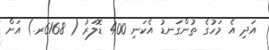
އަދި އެ މަހުގެ ތުންގަނޑު އެކަނި 400 ޑޮލަރު ( 6168ރ.) އަށް